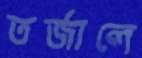
তর্জালে